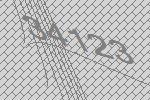
34123